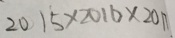
2 0 1 5 \times 2 0 1 6 \times 2 0 1 7